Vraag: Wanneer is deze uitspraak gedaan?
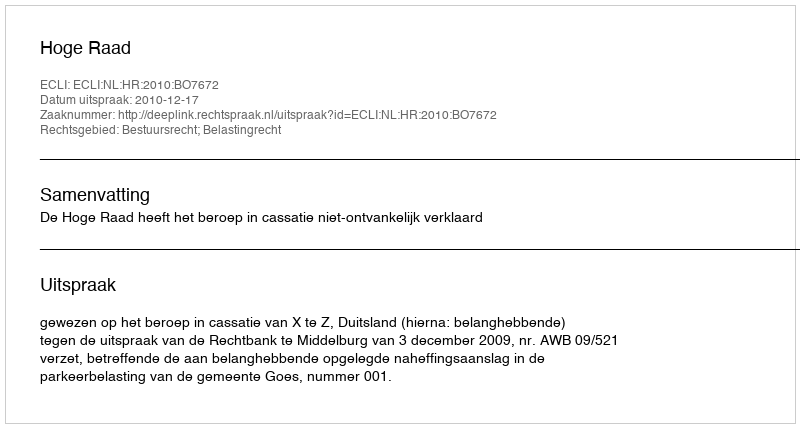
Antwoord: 2010-12-17